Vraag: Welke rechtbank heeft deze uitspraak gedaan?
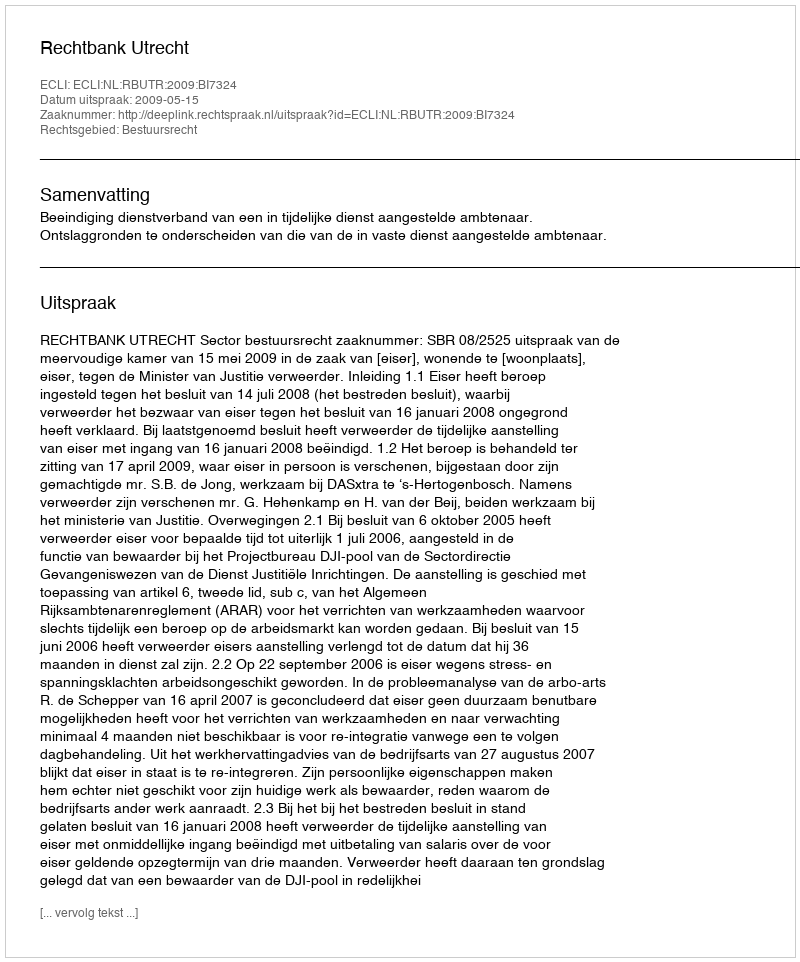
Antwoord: Rechtbank Utrecht